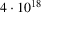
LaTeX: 4 \cdot 1 0 ^ { 1 8 }